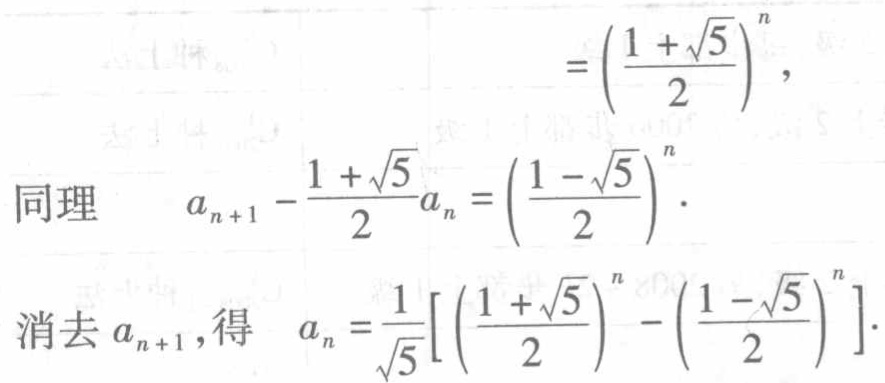
\[
=\left(\frac{1 + \sqrt{5}}{2}\right)^{n},
\]
同理 \[a_{n + 1} - \frac{1 + \sqrt{5}}{2}a_{n} = \left(\frac{1 - \sqrt{5}}{2}\right)^{n}.\]
消去 \(a_{n + 1}\)，得 \[a_{n} = \frac{1}{\sqrt{5}}\left[\left(\frac{1 + \sqrt{5}}{2}\right)^{n} - \left(\frac{1 - \sqrt{5}}{2}\right)^{n}\right].\]